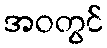
အဝတွင်